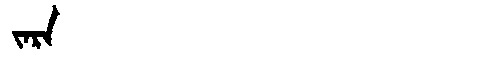
Manchu: ᠵᠠᡵᠠ
Romanization: JARA